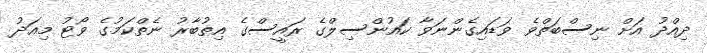
ދިއްދު އަށް ނިސްބަތްވެ ވަޑައިގެންނަވާ ކައުންސިލްގެ ރައީސްގެ އިތުބާރު ނެތްކަމުގެ ވޯޓު މިއަދު